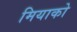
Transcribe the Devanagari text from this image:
मियाको